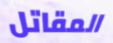
المقاتل